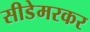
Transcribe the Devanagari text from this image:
सीडेमरकर